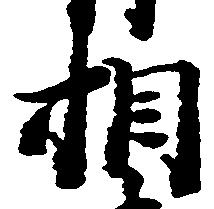
相